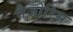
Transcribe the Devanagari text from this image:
मैजोरिस